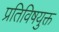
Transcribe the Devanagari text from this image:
प्रतिविषयुक्त